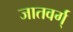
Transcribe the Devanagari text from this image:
जातवर्ग्